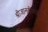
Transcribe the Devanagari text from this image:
श्रीजानकीवल्लभो